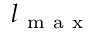
l _ { \mathrm { ~ m ~ a ~ x ~ } }